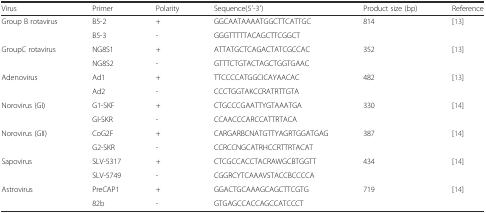
<table><thead><tr><td><b>Virus</b></td><td><b>Primer</b></td><td><b>Polarity</b></td><td><b>Sequence(5′-3′)</b></td><td><b>Product size (bp)</b></td><td><b>Reference</b></td></tr></thead><tbody><tr><td rowspan="2">Group B rotavirus</td><td>B5-2</td><td>+</td><td>GGCAATAAAATGGCTTCATTGC</td><td rowspan="2">814</td><td rowspan="2">[13]</td></tr><tr><td>B5-3</td><td>-</td><td>GGGTTTTTACAGCTTCGGCT</td></tr><tr><td rowspan="2">GroupC rotavirus</td><td>NG8S1</td><td>+</td><td>ATTATGCTCAGACTATCGCCAC</td><td rowspan="2">352</td><td rowspan="2">[13]</td></tr><tr><td>NG8S2</td><td>-</td><td>GTTTCTGTACTAGCTGGTGAAC</td></tr><tr><td rowspan="2">Adenovirus</td><td>Ad1</td><td>+</td><td>TTCCCCATGGCICAYAACAC</td><td rowspan="2">482</td><td rowspan="2">[13]</td></tr><tr><td>Ad2</td><td>-</td><td>CCCTGGTAKCCRATRTTGTA</td></tr><tr><td rowspan="2">Norovirus (GI)</td><td>G1-SKF</td><td>+</td><td>CTGCCCGAATTYGTAAATGA</td><td rowspan="2">330</td><td rowspan="2">[14]</td></tr><tr><td>GI-SKR</td><td>-</td><td>CCAACCCARCCATTRTACA</td></tr><tr><td rowspan="2">Norovirus (GII)</td><td>CoG2F</td><td>+</td><td>CARGARBCNATGTTYAGRTGGATGAG</td><td rowspan="2">387</td><td rowspan="2">[14]</td></tr><tr><td>G2-SKR</td><td>-</td><td>CCRCCNGCATRHCCRTTRTACAT</td></tr><tr><td rowspan="2">Sapovirus</td><td>SLV-5317</td><td>+</td><td>CTCGCCACCTACRAWGCBTGGTT</td><td rowspan="2">434</td><td rowspan="2">[14]</td></tr><tr><td>SLV-5749</td><td>-</td><td>CGGRCYTCAAAVSTACCBCCCCA</td></tr><tr><td rowspan="2">Astrovirus</td><td>PreCAP1</td><td>+</td><td>GGACTGCAAAGCAGCTTCGTG</td><td rowspan="2">719</td><td rowspan="2">[14]</td></tr><tr><td>82b</td><td>-</td><td>GTGAGCCACCAGCCATCCCT</td></tr></tbody></table>